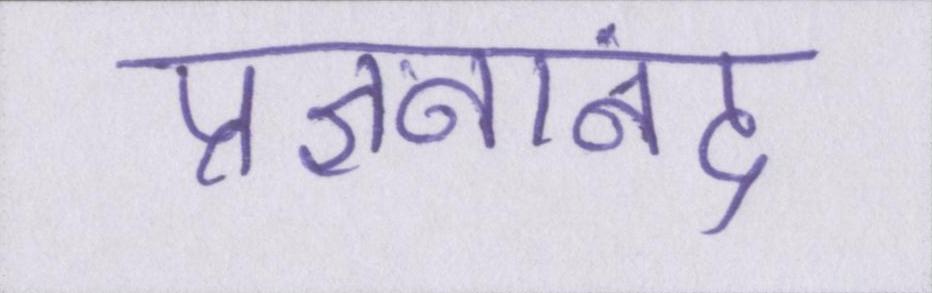
प्रज्ञनानंद